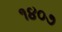
૧૪૦૭